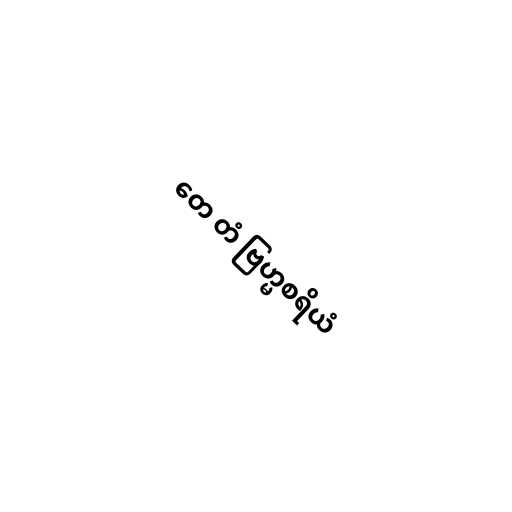
တေ တံ ဗြဟ္မစရိယံ